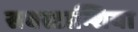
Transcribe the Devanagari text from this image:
सबस्टान्शिया